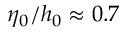
\eta _ { 0 } / h _ { 0 } \approx 0 . 7